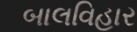
બાલવિહાર